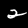
Label: 2